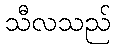
သီလသည်